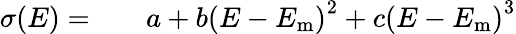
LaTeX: \begin{array}{rlr}{\sigma(E)=}&{{}}&{a+b{(E-E_{\mathrm{m}})}^{2}+c{(E-E_{\mathrm{m}})}^{3}}\end{array}